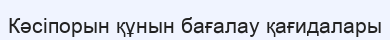
Кәсіпорын құнын бағалау қағидалары